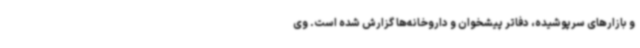
و بازارهای سرپوشیده، دفاتر پیشخوان و داروخانه‌ها گزارش شده است. وی